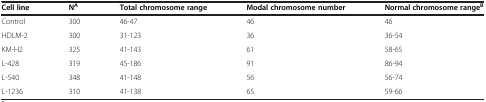
<table><thead><tr><td><b>Cell line</b></td><td><b>N<sup>A</sup></b></td><td><b>Total chromosome range</b></td><td><b>Modal chromosome number</b></td><td><b>Normal chromosome range<sup>B</sup></b></td></tr></thead><tbody><tr><td>Control</td><td>300</td><td>46-47</td><td>46</td><td>46</td></tr><tr><td>HDLM-2</td><td>300</td><td>31-123</td><td>36</td><td>36-54</td></tr><tr><td>KM-H2</td><td>325</td><td>41-143</td><td>61</td><td>58-65</td></tr><tr><td>L-428</td><td>319</td><td>45-186</td><td>91</td><td>86-94</td></tr><tr><td>L-540</td><td>348</td><td>41-148</td><td>56</td><td>56-74</td></tr><tr><td>L-1236</td><td>310</td><td>41-138</td><td>65</td><td>59-66</td></tr></tbody></table>